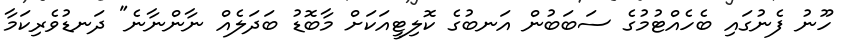
ހޫނު ފެނުގައި ބެހެއްޓުމުގެ ސަބަބުން އަނބުގެ ކޮލިޓީއަކަށް މާބޮޑު ބަދަލެއް ނާންނާނެ" ދަނޑުވެރިކަމާ